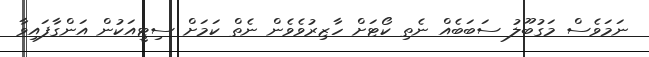
ނަމަވެސް މަގުބޫލު ސަބަބެއް ނެތި ކޯޓަށް ހާޒިރުވެވެން ނެތް ކަމަށް ސިޓީއަކުން އަންގާފައިވާ